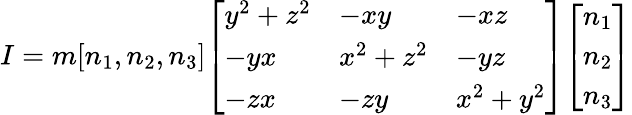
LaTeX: {I}=m[n_{1},n_{2},n_{3}]{\left[\begin{array}{lll}{y^{2}+z^{2}}&{-xy}&{-xz}\\ {-yx}&{x^{2}+z^{2}}&{-yz}\\ {-zx}&{-zy}&{x^{2}+y^{2}}\end{array}\right]}{\left[\begin{array}{l}{n_{1}}\\ {n_{2}}\\ {n_{3}}\end{array}\right]}